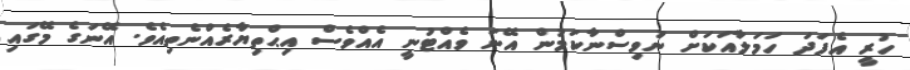
ހުރީ އެފަދަ ހަމަލާއަކަށް ނުވިސްނާކަމުން އޭނަ ވެއްޓުނީ އެއްވެސް އިޙްތިޔާރެއްނެތިއެވެ. އޭނަގެ މޭގައި